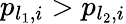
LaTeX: p_{l_{1},i}>p_{l_{2},i}